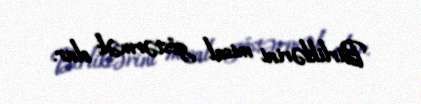
Birliklərini misal göstərmək olar.